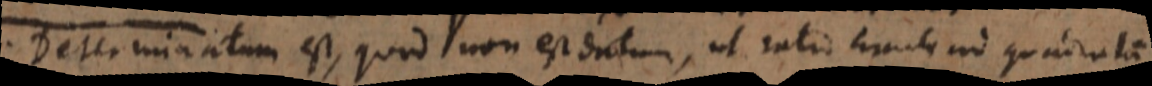
Determinatum est, quod non est datum, ut ratio circuli ad quadratum.